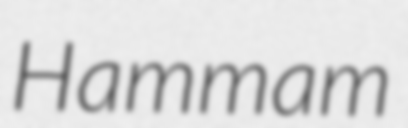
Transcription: Hammam